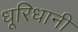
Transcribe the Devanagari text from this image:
धूरिधानी